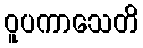
ဝူပကာသေတိ